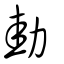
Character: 劸